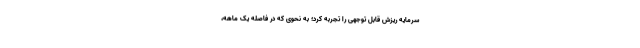
سرمایه ریزش قابل توجهی را تجربه کرد؛ به نحوی که در فاصله یک ماهه،